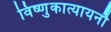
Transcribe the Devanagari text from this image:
विष्णुकात्यायनौ